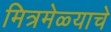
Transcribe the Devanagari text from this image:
मित्रमेळ्याचे